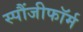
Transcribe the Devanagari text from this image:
स्पौंजीफॉर्म